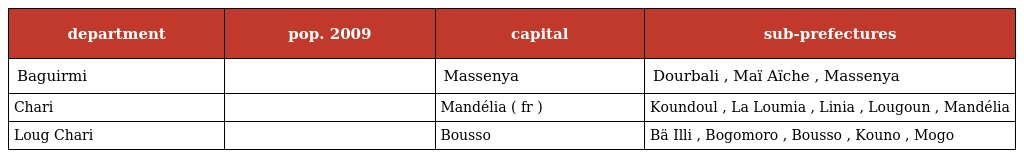
| department | pop. 2009 | capital | sub-prefectures |
 | --- | --- | --- | --- |
 | Baguirmi |  | Massenya | Dourbali , Maï Aïche , Massenya |
 | Chari |  | Mandélia ( fr ) | Koundoul , La Loumia , Linia , Lougoun , Mandélia |
 | Loug Chari |  | Bousso | Bä Illi , Bogomoro , Bousso , Kouno , Mogo |